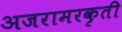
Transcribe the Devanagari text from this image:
अजरामरकृती